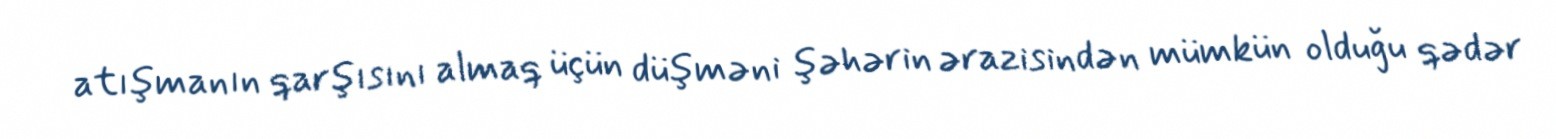
atışmanın qarşısını almaq üçün düşməni şəhərin ərazisindən mümkün olduğu qədər